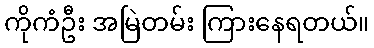
ကိုကံဦး အမြဲတမ်း ကြားနေရတယ်။